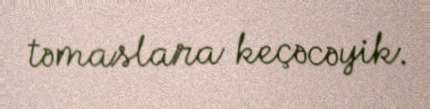
təmaslara keçəcəyik.